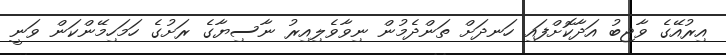
އިރުއޭގެ ވާޖިބު އަދާކޮށްފައި ހަނދަށް ތަންދެމުން ނިވާވެލިއިރު ނާސިޔާގެ ރަށުގެ ހަމަހިމޭންކަން ވަނީ